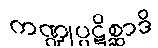
ကဏ္ဍုပ္ပဋိစ္ဆာဒိ